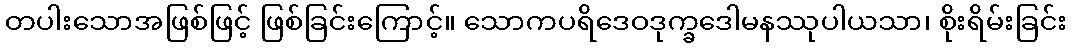
တပါးသောအဖြစ်ဖြင့် ဖြစ်ခြင်းကြောင့်။ သောကပရိဒေဝဒုက္ခဒေါမနဿုပါယသာ၊ စိုးရိမ်းခြင်း